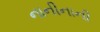
નાનીનાની